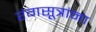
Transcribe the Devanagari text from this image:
रंगसूत्रांना